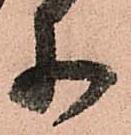
等